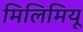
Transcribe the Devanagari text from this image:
मिलिमियू